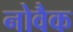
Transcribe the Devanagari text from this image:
नोवैक